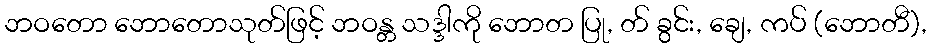
ဘဝတော ဘောတောသုတ်ဖြင့် ဘဝန္တ သဒ္ဒါကို ဘောတ ပြု, တ် ခွင်း, ချေ, ကပ် (ဘောတီ),